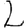
Digit: 2